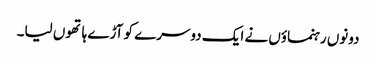
دونوں رہنماؤں نے ایک دوسرے کو آڑے ہاتھوں لیا۔